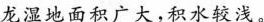
龙湿地面积广大，积水较浅。